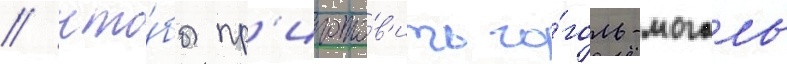
/ что́бы пр'игото́в'ить го́голь-моголь